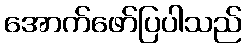
အောက်ဖော်ပြပါသည်